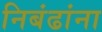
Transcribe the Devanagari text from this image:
निबंढांना